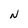
Character: N